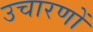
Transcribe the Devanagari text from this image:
उचारणों